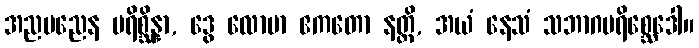
အညမညေန ပရိစ္ဆိန္နာ, ဒွေ လောမာ ဧကတော နတ္ထိ, အယံ နေသံ သဘာဂပရိစ္ဆေဒေါ။